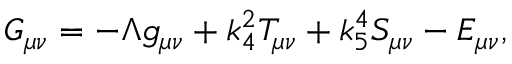
G _ { \mu \nu } = - \Lambda g _ { \mu \nu } + k _ { 4 } ^ { 2 } T _ { \mu \nu } + k _ { 5 } ^ { 4 } S _ { \mu \nu } - E _ { \mu \nu } ,